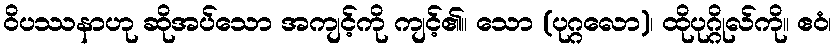
ဝိပဿနာဟု ဆိုအပ်သော အကျင့်ကို ကျင့်၏။ သော (ပုဂ္ဂလော)၊ ထိုပုဂ္ဂိုလ်ကို။ ဧဝံ၊